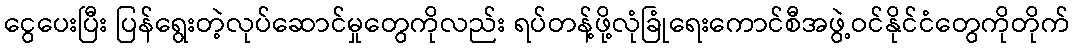
ငွေပေးပြီး ပြန်ရွေးတဲ့လုပ်ဆောင်မှုတွေကိုလည်း ရပ်တန့်ဖို့လုံခြုံရေးကောင်စီအဖွဲ့ဝင်နိုင်ငံတွေကိုတိုက်